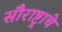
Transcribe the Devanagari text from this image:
सौराष्ट्राचे